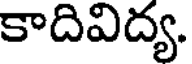
కాదివిద్య.